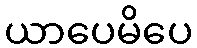
ယာပေမိပေ